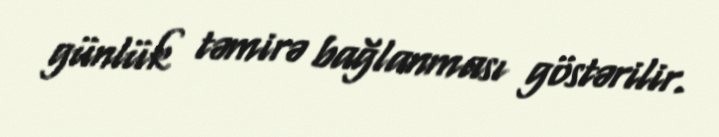
günlük təmirə bağlanması göstərilir.